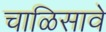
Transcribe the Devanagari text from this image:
चाळिसावे